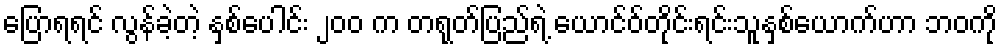
ပြောရရင် လွန်ခဲ့တဲ့ နှစ်ပေါင်း ၂၀၀ က တရုတ်ပြည်ရဲ့ ယောင်ဝ်တိုင်းရင်းသူနှစ်ယောက်ဟာ ဘဝကို